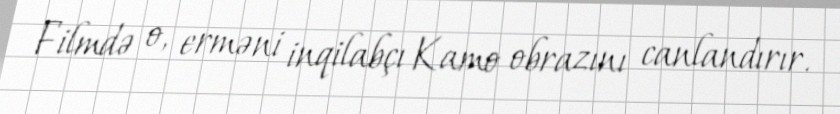
Filmdə o, erməni inqilabçı Kamo obrazını canlandırır.